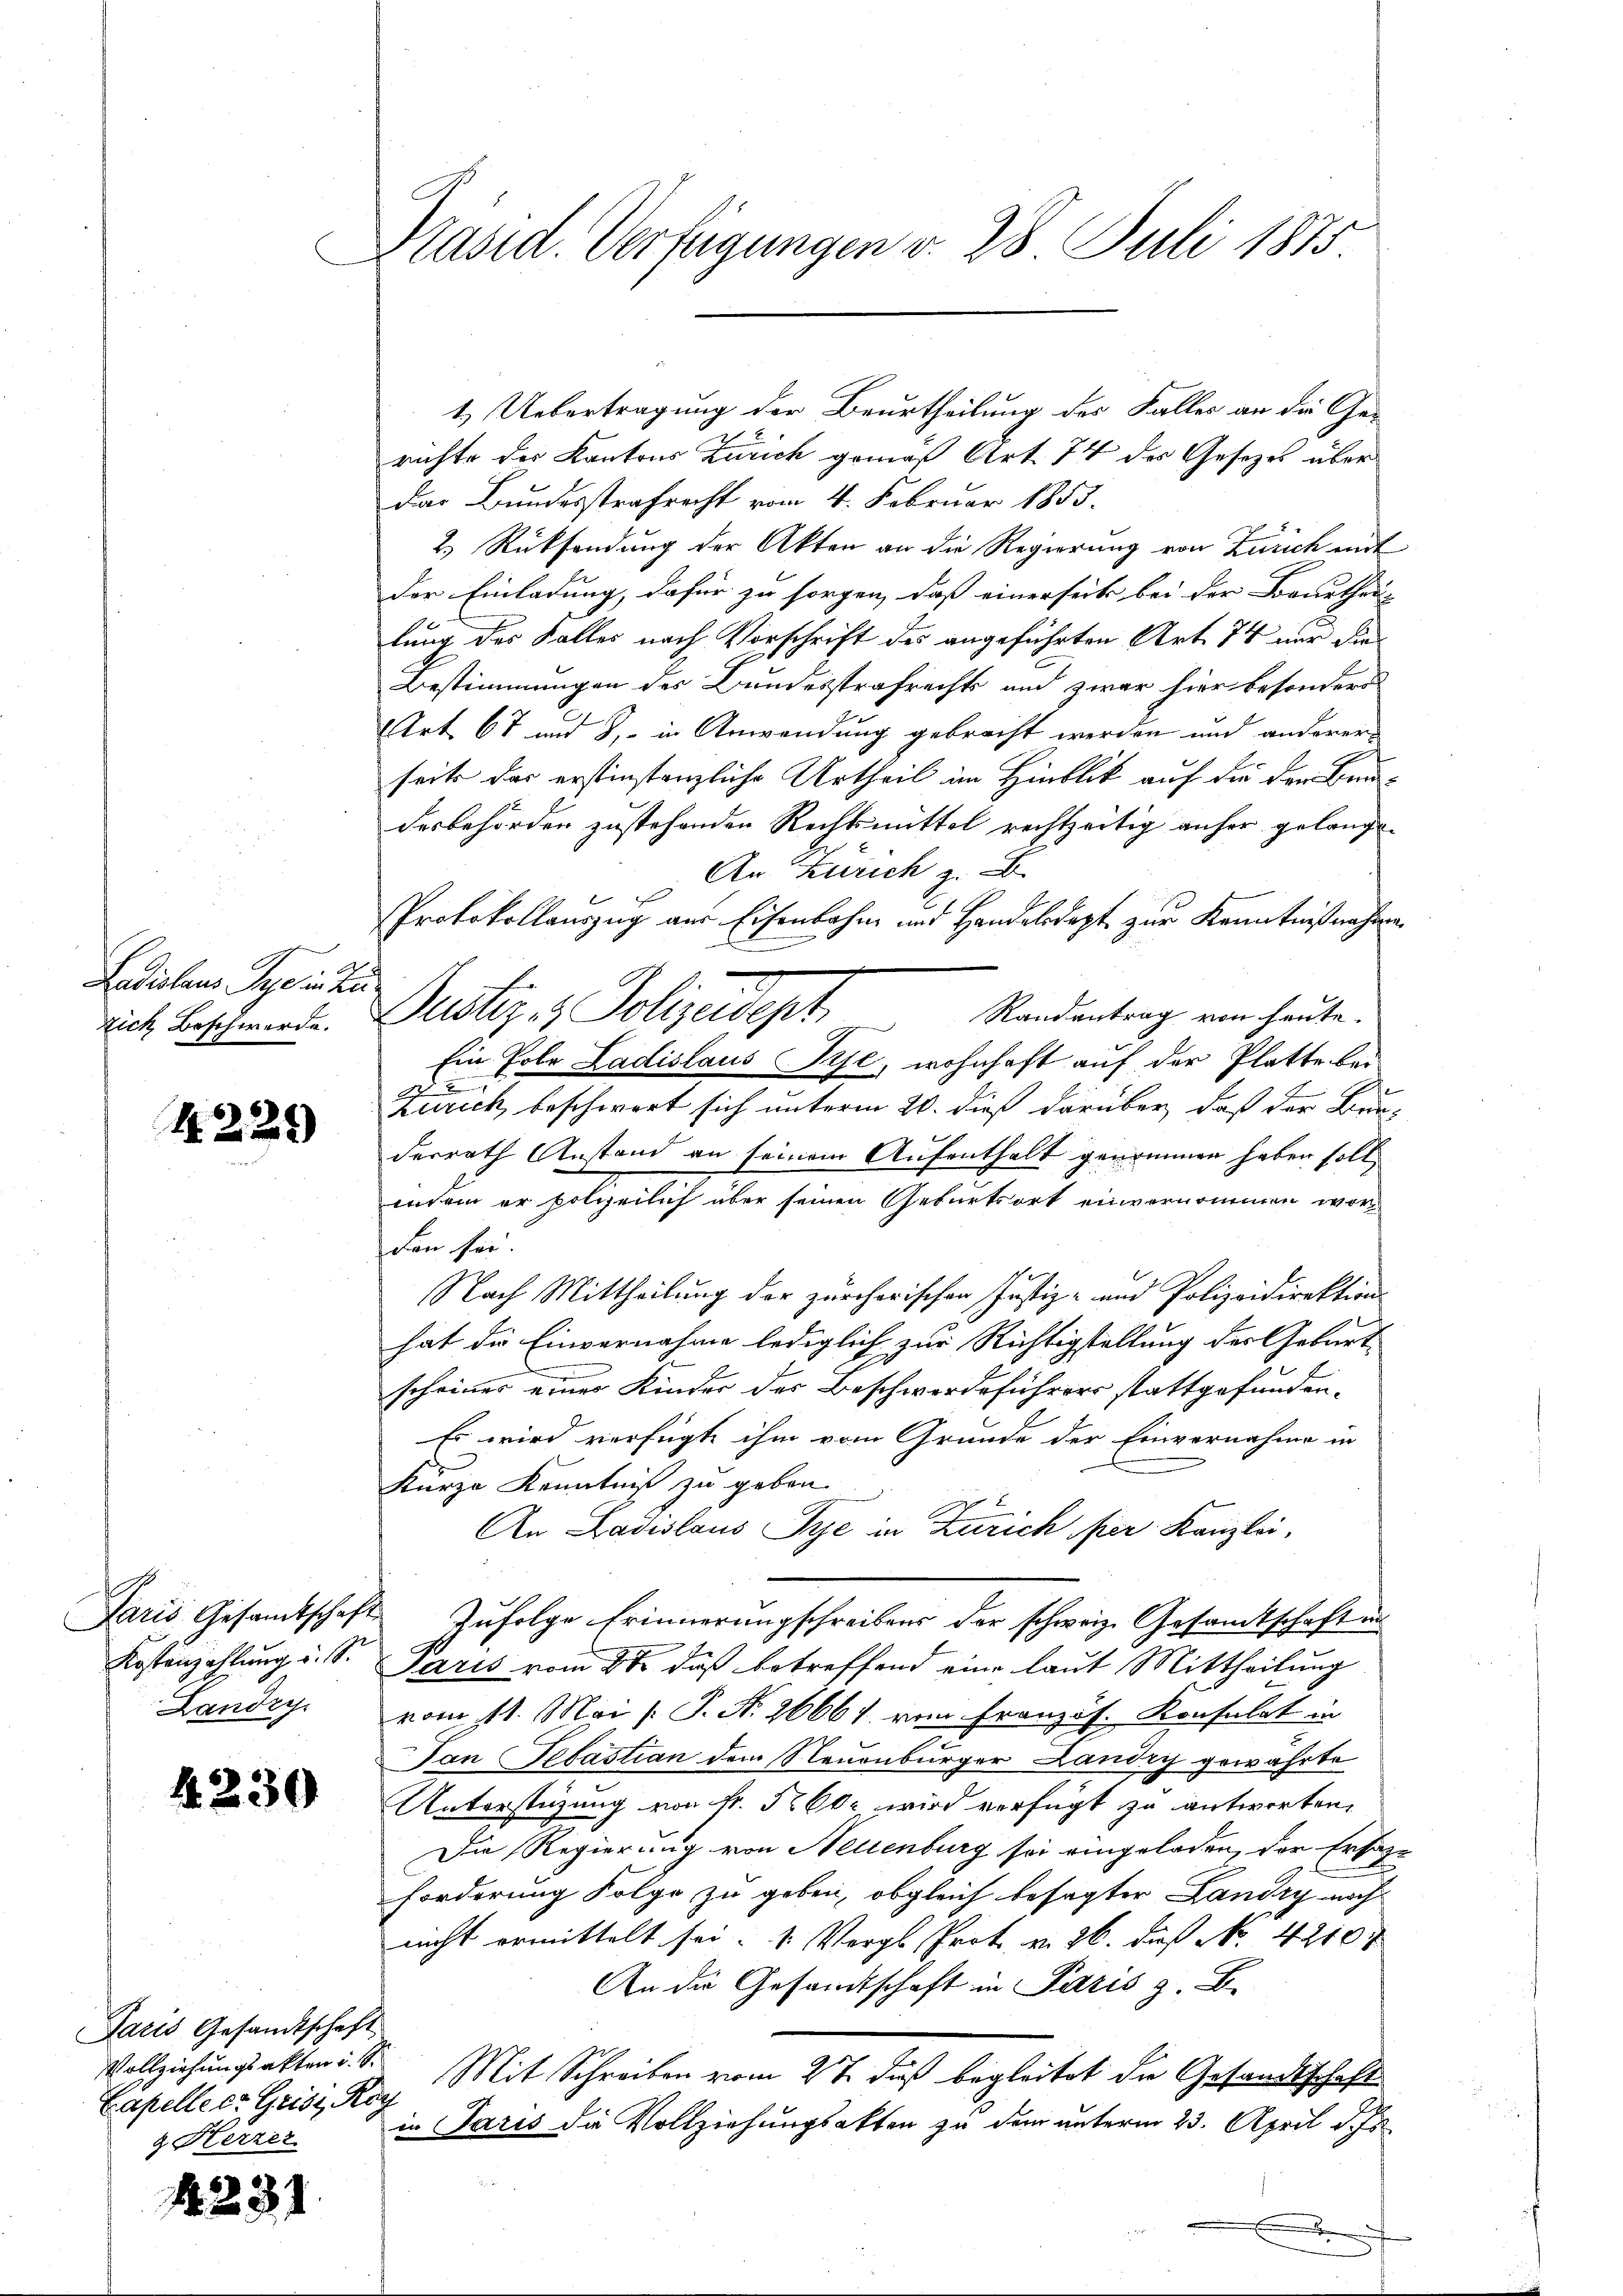
Ladislaus Sie in Zu
zich Beschwerde.

4229)

Kostenzahlung u. s.
Landry.

4230

Paris Gesandtschaft
Vollziehungsakten u. s.
Capelle er Geist, Rec
. Herzer

4231

Präsid. Verfügungen v. 28. Juli 1875

1.) Uebertragung der Beurtheilung des Falles an die Gerichte des Kantons Zürich gemäß Art. 74 der Gesezes über
Das Bundesstrafrecht vom 4. Februar 1853.
2.) Rücksendung der Akten an die Regierung von Zürich mit
der Einladung, dafür zu sorgen, daß einerseits bei der Beurtheilung des Falles nach Vorschrift des angeführten Art. 74 nur die
Bestimmungen des Bundesstrafrechts und zwar hier besonders
Art. 67 und 8, in Anwendung gebracht werden und anderer
seits das erstinstanzliche Urtheil im Hinblick auf die der Bundesbehörden zustehenden Rechtsmittel rechtzeitig anher gelangt
An Zürich z. B.
Protokollauszug aus Eisenbahn und Handelssagt zur Kenntnißnahmen
Justiz & Polizeidept. Standentrag von heute.
Ein Pola Ladislaus Pise, wohnhaft auf der Platte bei
F
Zürich beschwert sich unterm 20. dieß darüber, daß der Bun-
derrath Anstand an seinem Aufenthalt genommen haben soll
indem er polieilich über seinen Geburtsort einvernommen worden sei.
Nach Mittheilung der zürcherischen Justiz- und Polizeidirektion
hat die Einvernahme lediglich zur Richtigstellung der Geburt
scheiner einer Kinder des Beschwerdeführers stattgefunden.
Es wird verfügte ihm vom Grunde der Einvernahme in
Kurze Kenntniß zu geben.
An Ladislaus Pye in Zürich per Kanzlei,
Paris Gesamtschaft zufolge Erinnerungschreibens der schweiz. Gesandtschaft in
Paris vom 8ten daß betreffend eine laut Mittheilung
vom 11. Mai [ P. Nr. 26661. vom Französ. Konsulat in
Dan Sebastian dem Neuenburger Landig gewährte
Unterstüzung von Fr. 560. wird verfügt zu antworten,
Die Regierung von Nellenburg sei eingeladen, der Ersatzforderung Folge zu geben, obgleich besagter Landry noch
nicht ermittelt sei. 1. Vergl. Prot. v. 26. daß No. 4210
An die Gesandtschaft in Paris z. B.
Mit Schreiben vom 27. daß begleitet die Gesandtschaft
in Paris die Vollziehungsakten zu dem unterm 23. April d.